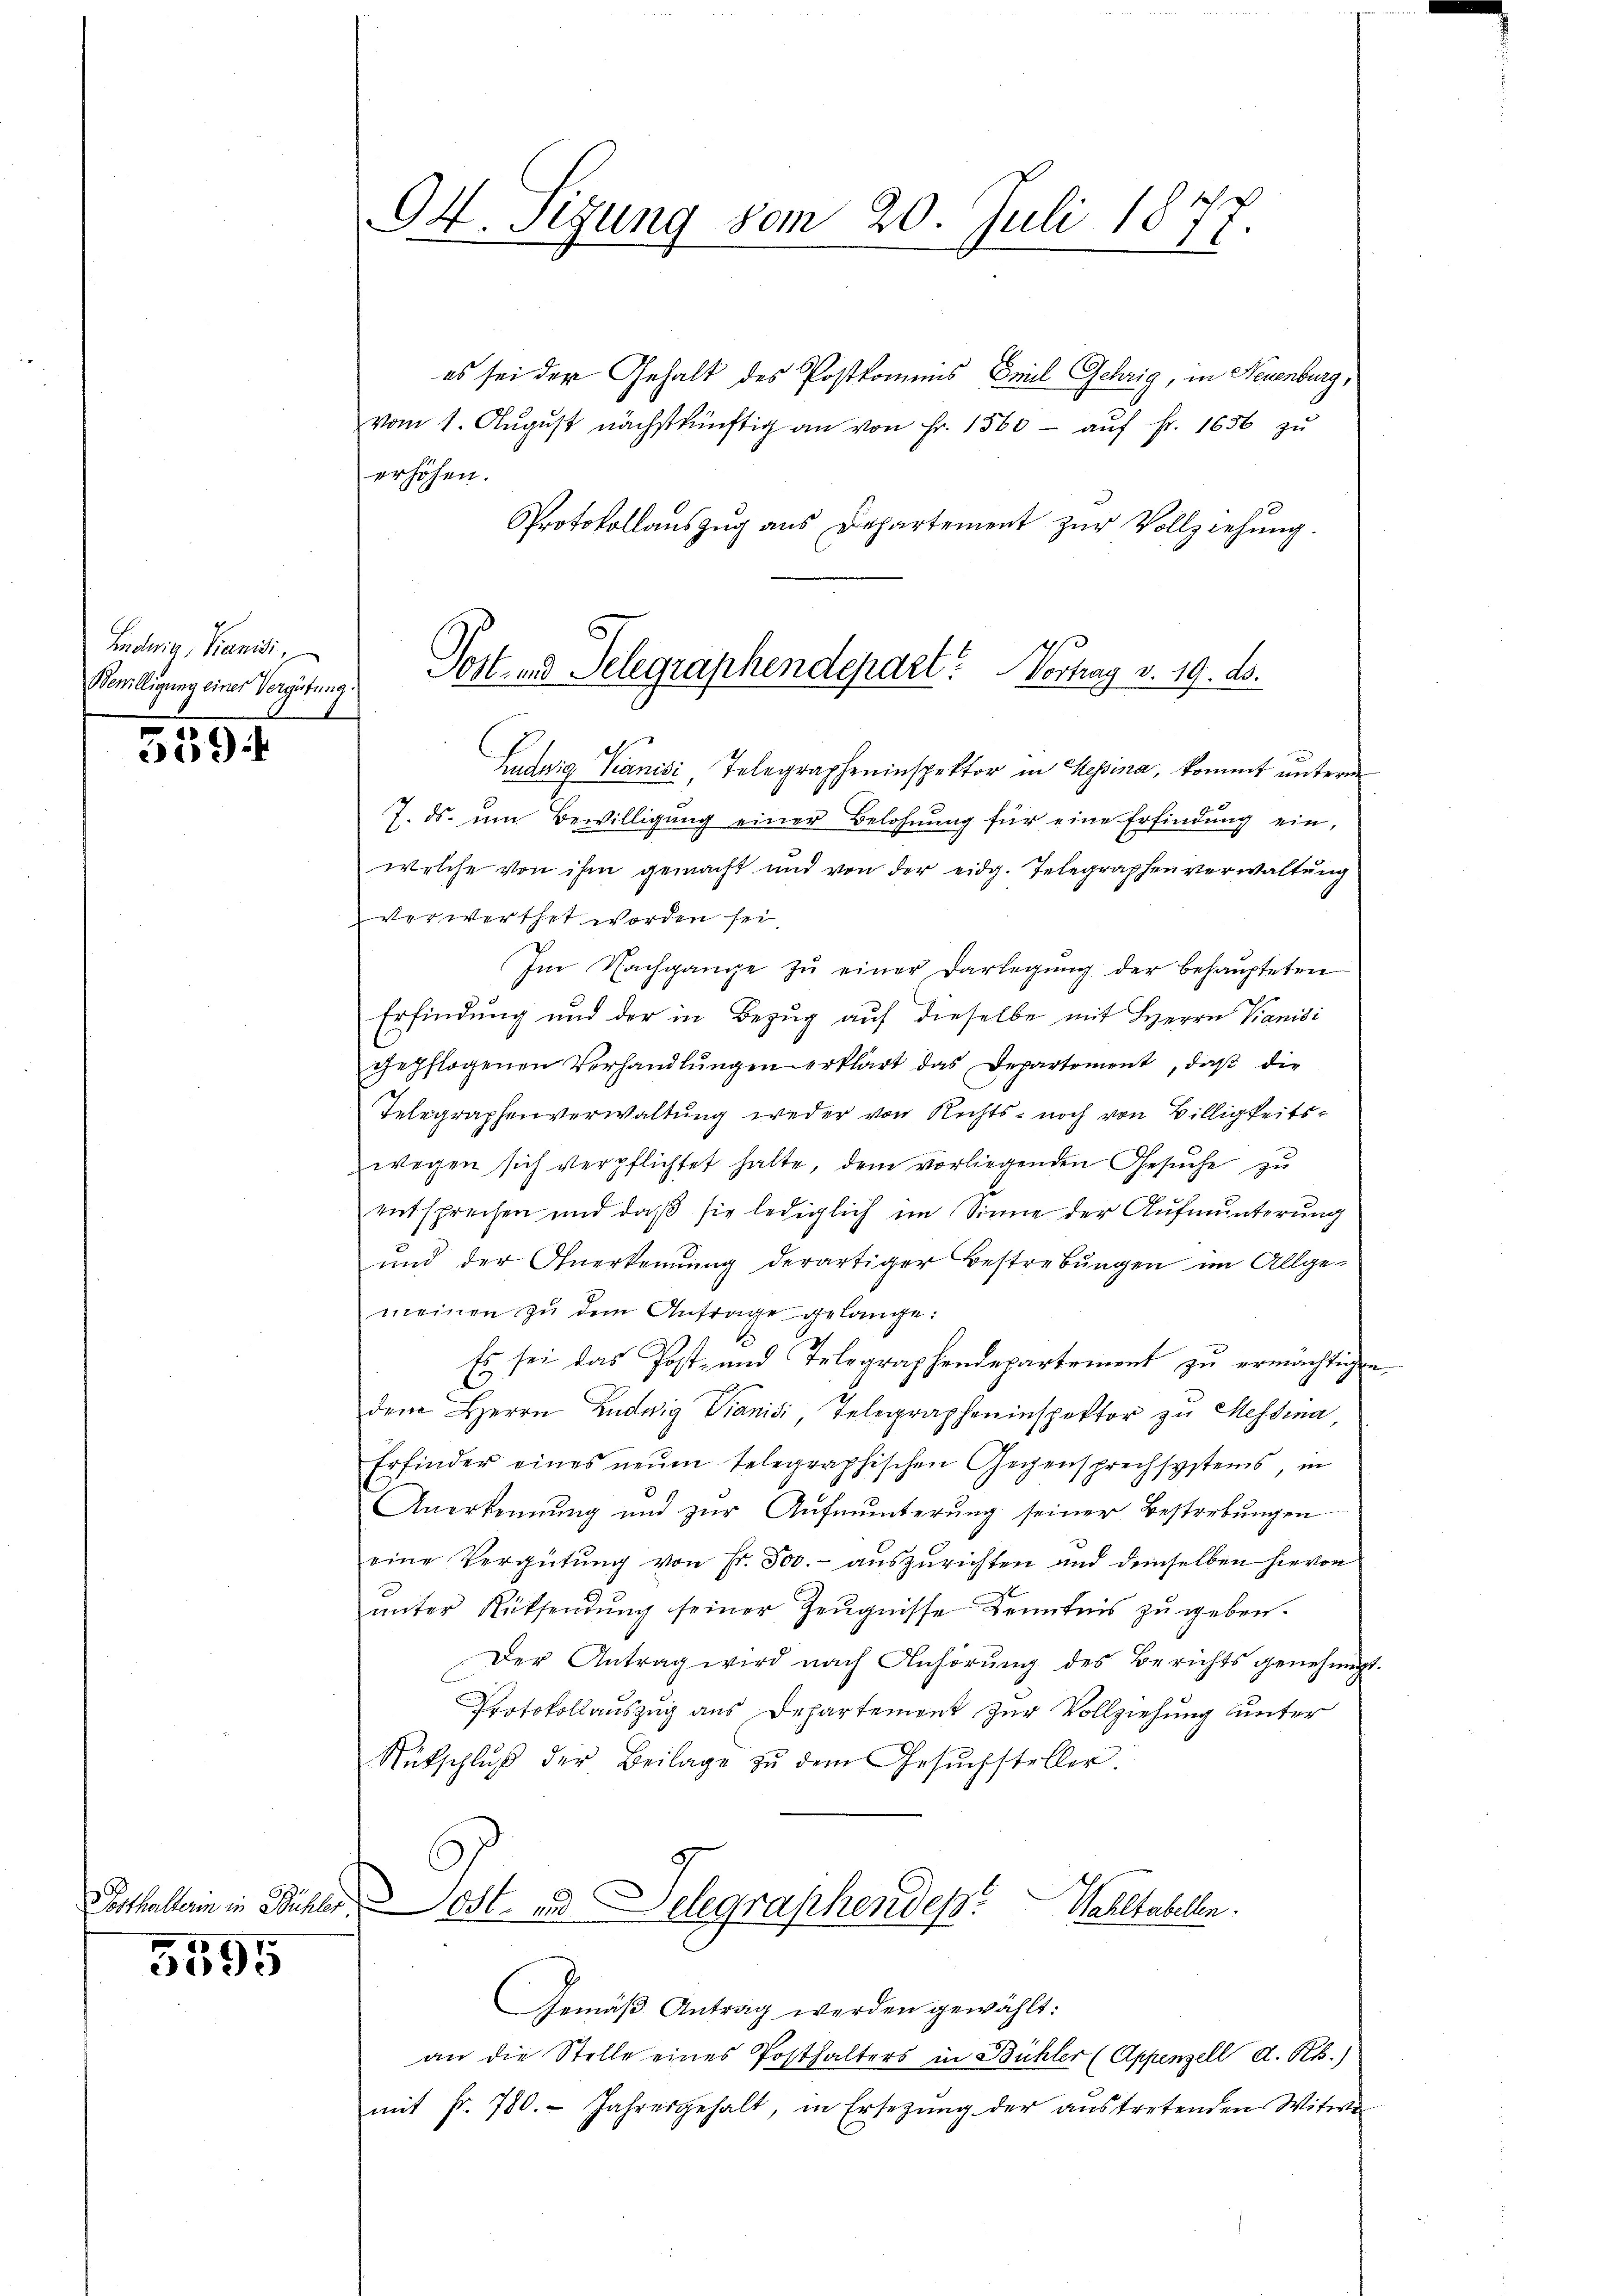
Ludwig, Kanidi,
Bewilligung einer Vergütung.

3594

5595

94. Sizung vom 20. Juli 1877.

es sei der Gehalt des Postkommis Emil Gehrig, in Neuenburg,
vom 1. Aŭgŭst nächstkünftig an von Fr. 1560 - auf Fr. 1656 zu
erhöhen.
Protokollauszug aus Departement zur Vollziehung.
Ludwig Kanisi Telegrapheninspektor in Hessina, kommt unterm
7. ds. ŭm Bewilligŭng einer Belohnung für eine Erfindung ein,
welche von ihm gemacht und von der eidg. Telegraphenverwaltung
verwerthet worden sei
Im Nachgange zŭ einer Darlegŭng der behaupteten
Erfindung und der in Bezug auf dieselbe mit Herrn Vanisi
gepflogenen Verhandlŭngen erklärt das Departement, daβ die
Telegraphenverwaltung weder von Rechts- noch von Billigkeitswegen sich verpflichtet hatte, dem vorliegenden Gesuche zu
entsprechen und daβ sie lediglich im Sinne der Aufmunterung
und der Anerkennung derartiger Bestrebungen im Allge-
meinen zŭ dem Antrage gelange:
Es sei das Post- und Telegraphendepartement zu ermächtigen
dem Herrn Ludwig Dianisi, Telegrapheninspektor zu Messina
Erfinder eines neŭen telegraphischen Gegensprechsystems, in
Anerkennung und zŭr Aŭfmunterŭng seiner Bestorbŭngen
eine Vergütung von Fr. 300.- auszurichten und demselben hievon
ŭnter Rücksendŭng seiner Zeŭgnisse Kenntnis zŭ geben.
Der Antrag wird nach Anhörung des Berichts genehmigt
Protokollauszug aus Departement zur Vollziehung unter
Rütschlŭβ der Beilage zŭ dem Gesŭchsteller.
Posthaltern in Bühler. Ost- und Telegraphendes
Wahltabellen.
Gemäβ Antrag werden gewählt:
an die Stelle eines Posthalters in Bühler (Appenzell A. R.)
mit fr. 780. Jahresgehalt, in Ersetzŭng der aŭstretenden Witwe

Post- und Telegraphendepart Vortrag v. 19. ds.